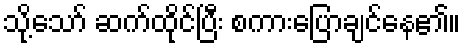
သို့သော် ဆက်ထိုင်ပြီး စကားပြောချင်နေ၏။